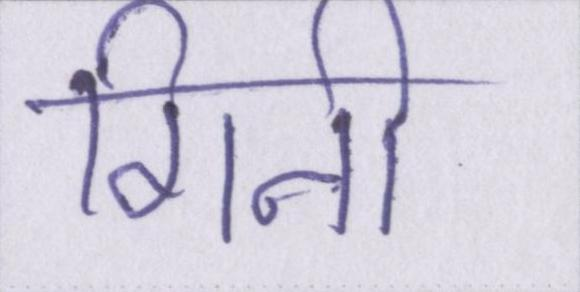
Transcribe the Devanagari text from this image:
गिनी